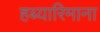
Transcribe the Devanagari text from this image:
हब्‍यारिमाना